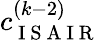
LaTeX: c_{\mathrm{~I~S~A~I~R~}}^{(k-2)}